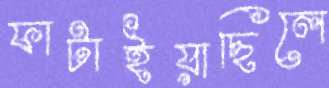
ফাটাইয়াছিলে